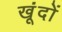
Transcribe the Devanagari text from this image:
खूंदों